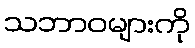
သဘာဝများကို